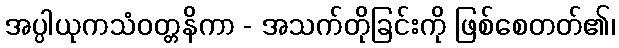
အပ္ပါယုကသံဝတ္တနိကာ - အသက်တိုခြင်းကို ဖြစ်စေတတ်၏၊